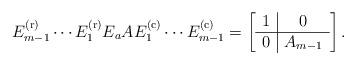
LaTeX: \begin{align*} E_{m-1}^{(\textrm{r})} \cdots E_1^{(\textrm{r})} E_a A E_1^{(\textrm{c})} \cdots E_{m-1}^{(\textrm{c})}= \left[\begin{array}{c|c} 1 & 0 \\ \hline 0 & A_{m-1} \end{array}\right]. \end{align*}